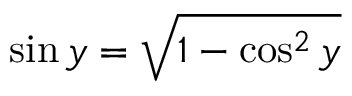
\sin y = { \sqrt { 1 - \cos ^ { 2 } y } } \,